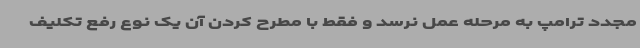
مجدد ترامپ به مرحله عمل نرسد و فقط با مطرح کردن آن یک نوع رفع تکلیف